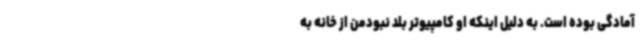
آمادگی بوده است. به دلیل اینکه او کامپیوتر بلد نبودمن از خانه به